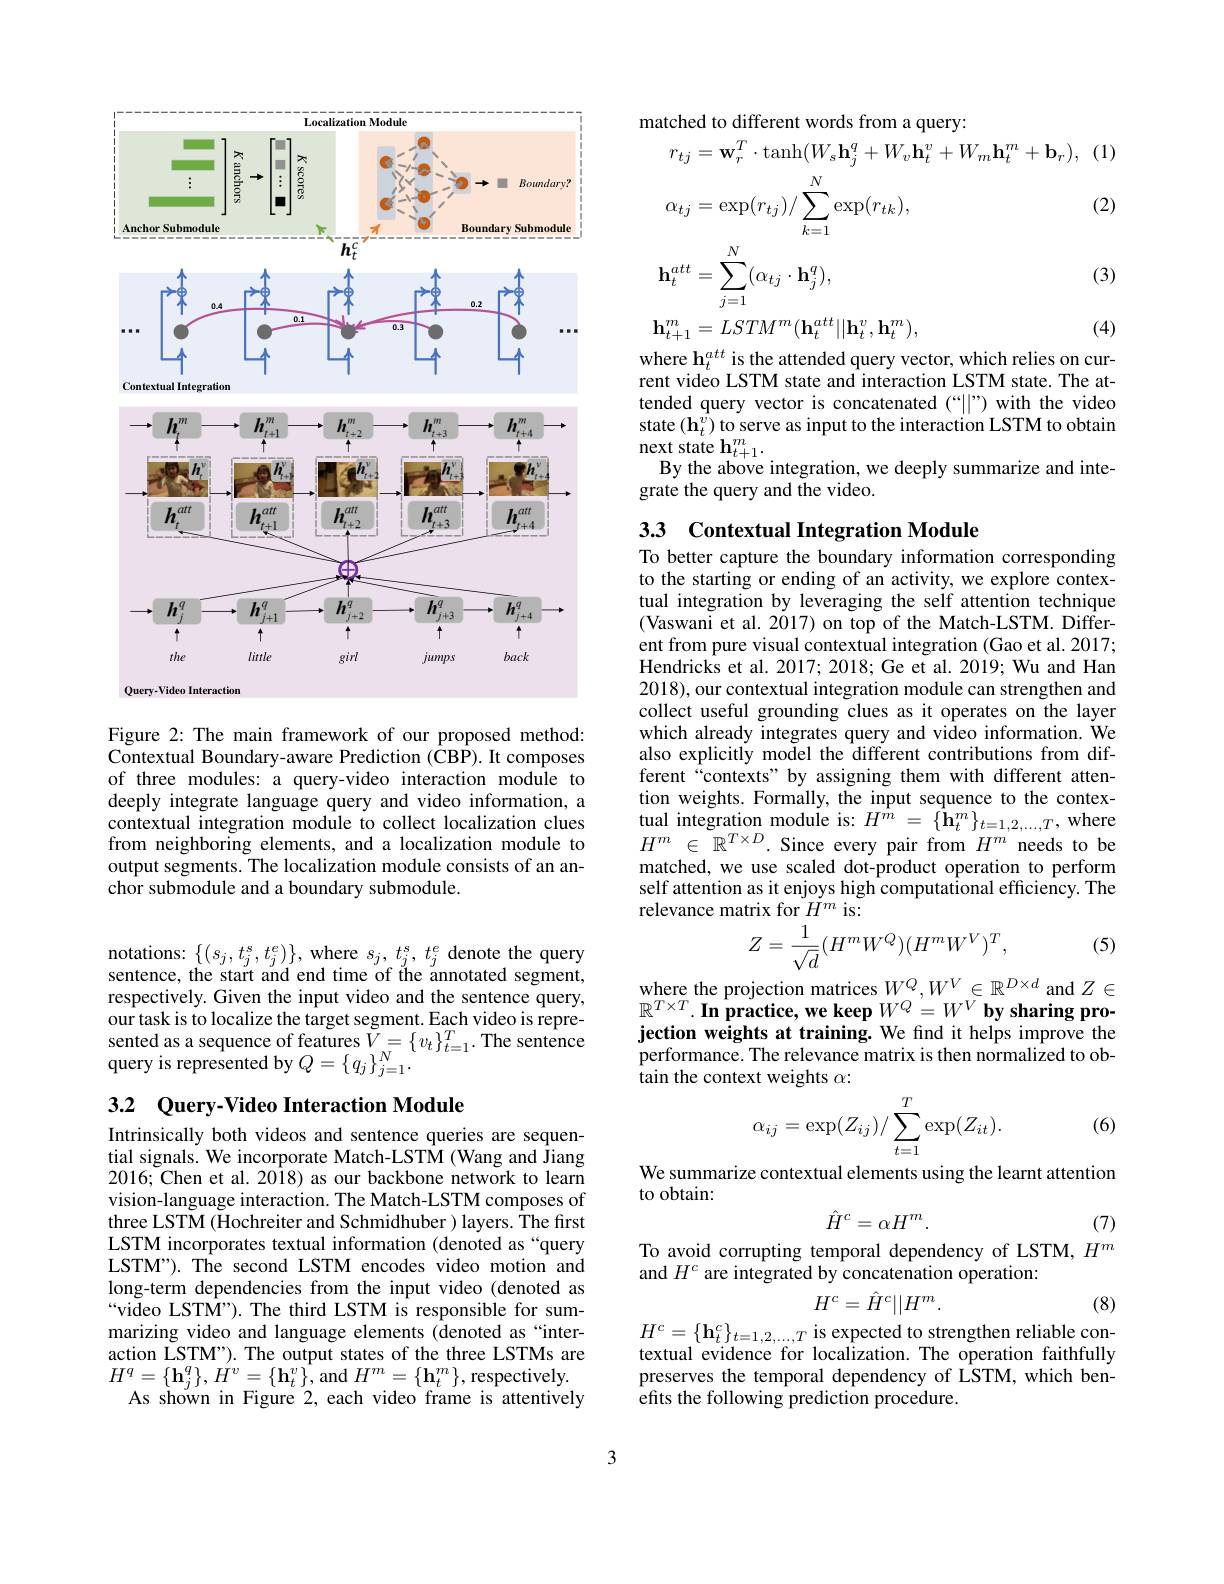
<FigureHere>

Figure 2: The main framework of our proposed method: Contextual Boundary-aware Prediction (CBP). It composes of three modules: a query-video interaction module to deeply integrate language query and video information, a contextual integration module to collect localization clues from neighboring elements, and a localization module to output segments. The localization module consists of an anchor submodule and a boundary submodule.

notations: $\{(s_{j},t_{j}^{\mathrm{s}},t_{j}^{e})\}$, where $s_{j},t_{j}^{s},t_{j}^{e}$ denote the query sentence, the start and end time of the annotated segment, respectively. Given the input video and the sentence query, our task is to localize the target segment. Each video is represented as a sequence of features $\tilde{V}_{N}=\{v_{t}\}_{t=1}^{T}.$ The sentence query is represented by $Q=\{q_{j}\}_{j=1}^{N}.$

3.2 Query-Video Interaction Module

Intrinsically both videos and sentence queries are sequential signals. We incorporate Match-LSTM (Wang and Jiang 2016; Chen et al. 2018) as our backbone network to learn vision-language interaction. The Match-LSTM composes of three LSTM (Hochreiter and Schmidhuber ) layers. The first LSTM incorporates textual information (denoted as“query LSTM"). The second LSTM encodes video motion and long-term dependencies from the input video (denoted as “video LSTM”). The third LSTM is responsible for summarizing video and language elements (denoted as“interaction LSTM"). The output states of the three LSTMs are $H^{q}= \{ \mathbf{h} _{j}^{q}\} $, $H^{v}= \{ \mathbf{h} _{t}^{v}\} $,and $H^m= \{ \mathbf{h} _{t}^{m}\} $,respectively.
As shown in Figure 2, each video frame is attentively

matched to different words from a query:
$$\begin{aligned}&\text{minead comirent woras nom a qoary.}\\&r_{tj}=\mathbf{w}_{r}^{T}\cdot\mathrm{tanh}(W_{s}\mathbf{h}_{j}^{q}+W_{v}\mathbf{h}_{t}^{v}+W_{m}\mathbf{h}_{t}^{m}+\mathbf{b}_{r}),\:(1)\\&\alpha_{tj}=\exp(r_{tj})/\sum_{k=1}^{N}\exp(r_{tk}),&\text{(2)}\\&\mathbf{h}_{t}^{att}=\sum_{j=1}^{N}(\alpha_{tj}\cdot\mathbf{h}_{j}^{q}),&\text{(3)}\\&\mathbf{h}_{t+1}^{m}=LSTM^{m}(\mathbf{h}_{t}^{att}||\mathbf{h}_{t}^{v},\mathbf{h}_{t}^{m}),&\text{(4)}\end{aligned}$$
$\begin{array}{l}\mathrm{where~h_{t}^{att}~is~the~attended~query~vector,~which~relies~on~cur-}\\\mathrm{rent~video~LSTM~state~and~interaction~LSTM~state.~The~at-}\end{array}$ tended query vector is concatenated (“||”) with the video state $(\mathbf{h}_{t}^{v})$ to serve as input to the interaction LSTM to obtain $\operatorname*{next}_{\mathbf{D}-\mathbf{L}-\mathbf{L}}\mathbf{h}_{t+1}^{m}.$
By the above integration, we deeply summarize and inte-
grate the query and the video.

# 33 Contextual Integration Module

To better capture the boundary information corresponding to the starting or ending of an activity, we explore contextual integration by leveraging the self attention technique (Vaswani et al. 2017) on top of the Match-LSTM. Different from pure visual contextual integration (Gao et al. 2017; $\hat{\text{Hendricks et al.2017;2018;Ge et al.2019;Wu and Han}}$ 2018), our contextual integration module can strengthen and collect useful grounding clues as it operates on the layer which already integrates query and video information. We also explicitly model the different contributions from different“contexts”by assigning them with different attention weights. Formally, the input sequence to the contex- $\underset{{\mathrm{I}}^{m}}{\operatorname*{\text{tual integration module is: }}}H^{{\hat{m}}}=\{\overset{{\hat{\mathbf{h}}}}{\operatorname*{\mathbf{h}}}_{t}^{m}\}_{t=1,2,\ldots,T}$,where $H^m$ $\in$ $\mathbb{R} ^{T\times D}.$ Since every pair from $H^m$ needs to be matched, we use scaled dot-product operation to perform self attention as it enjoys high computational efficiency. The relevance matrix for $H^m$ is:
$$Z=\frac{1}{\sqrt{d}}(H^mW^Q)(H^mW^V)^T,$$
(5)

$\begin{array}{l}{\mathrm{where~the~projection~matrices~}W^Q,W^V\in\mathbb{R}^{D\times d}\mathrm{~and~}Z\in}\\{\mathbb{R}^{T\times T}.\textbf{In practice, we keeep }W^Q=W^V\mathbf{by~sharing~pro-}}\end{array}$ jection weights at training. We find it helps improve the performance. The relevance matrix is then normalized to ob- tain the context weights $\alpha :$
$$\alpha_{ij}=\exp(Z_{ij})/\sum_{t=1}^T\exp(Z_{it}).$$
(6)

We summarize contextual elements using the learnt attention
to obtain:
$$\hat{H}^{c}=\alpha H^{m}.$$
To avoid corrupting temporal dependency of LSTM, $H^m$

(7)

and $H^c$ are integrated by concatenation operation:
$$H^c=\hat{H}^c||H^m.$$
(8)

$H^c=\{\mathbf{h}_t^c\}_{t=1,2,\ldots,T}$ is expected to strengthen reliable contextual evidence for localization. The operation faithfully

preserves the temporal dependency of LSTM, which ben-
efits the following prediction procedure.

3